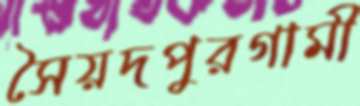
সৈয়দপুরগামী